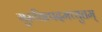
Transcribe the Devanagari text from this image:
गुरुचित्पदमच्युतम्